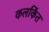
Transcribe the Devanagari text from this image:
कलकिंत